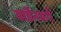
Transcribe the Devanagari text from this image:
वार्डेनबर्ग